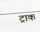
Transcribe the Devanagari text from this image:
ट्राक